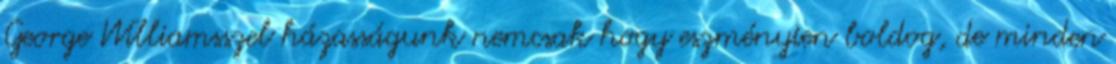
George Williamsszel házasságunk nemcsak hogy eszményien boldog, de minden